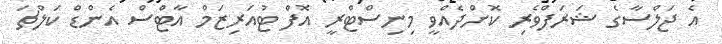
އެ ޖަލްސާގެ ޝަރަފްވެރި ކޮށްދެއްވީ މިނިސްޓްރީ އޮފް ޓުއަރިޒަމް އާޓްސް އެންޑް ކަލްޗަ